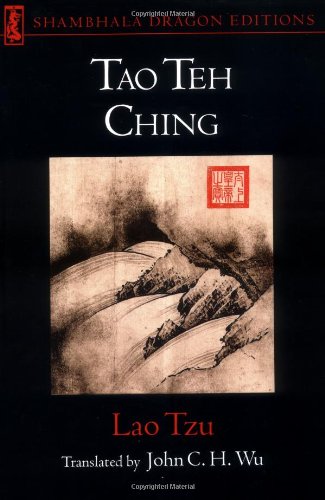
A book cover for Lao Tzu: Tao Te Ching (Shambhala Dragon Editions); Lao Tzu; Religion & Spirituality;